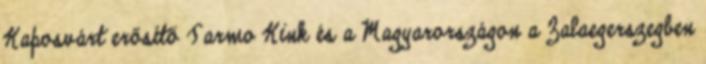
Kaposvárt erősítő Tarmo Kink és a Magyarországon a Zalaegerszegben